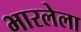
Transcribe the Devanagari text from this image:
भारलेला